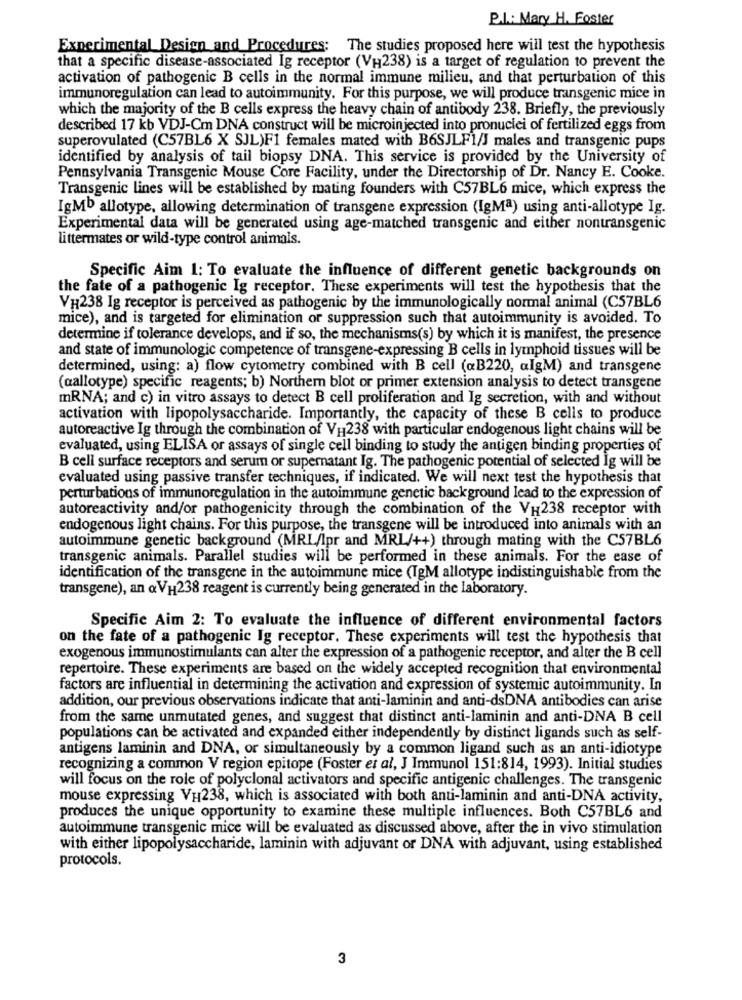
P.I .: Mary H. Foster
Experimental Design and Procedures: The studies proposed here will test the hypothesis
that a specific disease-associated Ig receptor (VH238) is a target of regulation to prevent the
activation of pathogenic B cells in the normal immune milieu, and that perturbation of this
immunoregulation can lead to autoimmunity. For this purpose, we will produce transgenic mice in
which the majority of the B cells express the heavy chain of antibody 238. Briefly, the previously
described 17 kb VDJ-Cm DNA construct will be microinjected into pronuclei of fertilized eggs from
superovulated (C57BL6 X SJL)F1 females mated with B6SJLF1/J males and transgenic pups
identified by analysis of tail biopsy DNA. This service is provided by the University of
Pennsylvania Transgenic Mouse Core Facility, under the Directorship of Dr. Nancy E. Cooke.
Transgenic lines will be established by mating founders with C57BL6 mice, which express the
IgMb allotype, allowing determination of transgene expression (IgMª) using anti-allotype Ig.
Experimental data will be generated using age-matched transgenic and either nontransgenic
littermates or wild-type control animais.
Specific Aim 1: To evaluate the influence of different genetic backgrounds on
the fate of a pathogenic Ig receptor. These experiments will test the hypothesis that the
VH238 Ig receptor is perceived as pathogenic by the immunologically normal animal (C57BL6
mice), and is targeted for elimination or suppression such that autoimmunity is avoided. To
determine if tolerance develops, and if so, the mechanisms(s) by which it is manifest, the presence
and state of immunologic competence of transgene-expressing B cells in lymphoid tissues will be
determined, using: a) flow cytometry combined with B cell («B220, algM) and transgene
(aallotype) specific reagents; b) Northern blot or primer extension analysis to detect transgene
mRNA; and c) in vitro assays to detect B cell proliferation and Ig secretion, with and without
activation with lipopolysaccharide. Importantly, the capacity of these B cells to produce
autoreactive Ig through the combination of V1238 with particular endogenous light chains will be
evaluated, using ELISA or assays of single cell binding to study the antigen binding properties of
B cell surface receptors and serum or supernatant Ig. The pathogenic potential of selected Ig will be
evaluated using passive transfer techniques, if indicated. We will next test the hypothesis that
perturbations of immunoregulation in the autoimmune genetic background lead to the expression of
autoreactivity and/or pathogenicity through the combination of the VH238 receptor with
endogenous light chains. For this purpose, the transgene will be introduced into animals with an
autoimmune genetic background (MRI/Ipr and MRL/++) through mating with the C57BL6
transgenic animals. Parallel studies will be performed in these animals. For the case of
identification of the transgene in the autoimmune mice (TgM allotype indistinguishable from the
transgene), an @VH238 reagent is currently being generated in the laboratory.
Specific Aim 2: To evaluate the influence of different environmental factors
on the fate of a pathogenic Ig receptor. These experiments will test the hypothesis that
exogenous immunostimulants can alter the expression of a pathogenic receptor, and alter the B cell
repertoire. These experiments are based on the widely accepted recognition that environmental
factors are influential in determining the activation and expression of systemic autoimmunity. In
addition, our previous observations indicate that anti-laminin and anti-dsDNA antibodies can arise
from the same unmutated genes, and suggest that distinct anti-laminin and anti-DNA B cell
populations can be activated and expanded either independently by distinct ligands such as self-
antigens laminin and DNA, or simultaneously by a common ligand such as an anti-idiotype
recognizing a common V region epitope (Foster et al, J Immunol 151:814, 1993). Initial studies
will focus on the role of polyclonal activators and specific antigenic challenges. The transgenic
mouse expressing VH238, which is associated with both anti-laminin and anti-DNA activity,
produces the unique opportunity to examine these multiple influences. Both C57BL6 and
autoimmune transgenic mice will be evaluated as discussed above, after the in vivo stimulation
with either lipopolysaccharide, laminin with adjuvant or DNA with adjuvant, using established
protocols.
3